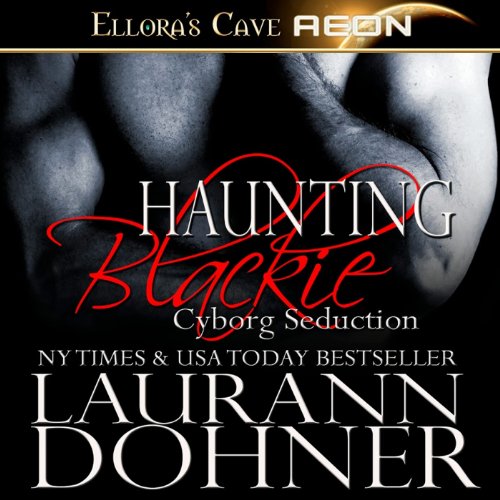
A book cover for Haunting Blackie; Laurann Dohner; Romance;